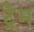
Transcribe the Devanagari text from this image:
ट्रैम